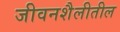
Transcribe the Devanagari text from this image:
जीवनशैलीतील